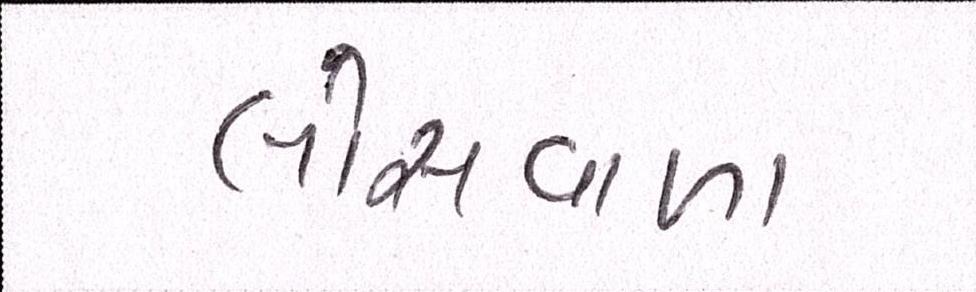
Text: લોસવાળા